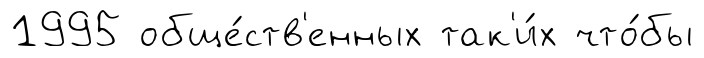
1995 обще́ств'енных так'и́х что́бы